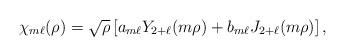
LaTeX: \begin{align*}\chi_{m\ell}(\rho)=\sqrt{\rho}\left[ a_{m\ell}Y_{2+\ell}(m\rho)+ b_{m\ell}J_{2+\ell}(m\rho)\right],\end{align*}